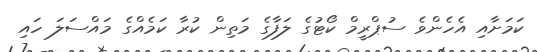
ކަމަށާއި އެހެންވެ ސުޕްރީމް ކޯޓުގެ ލަފާގެ މަތިން ކުރާ ކަމެއްގެ މައްސަލަ ހައި